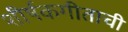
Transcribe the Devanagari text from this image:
शीर्षकगीताची